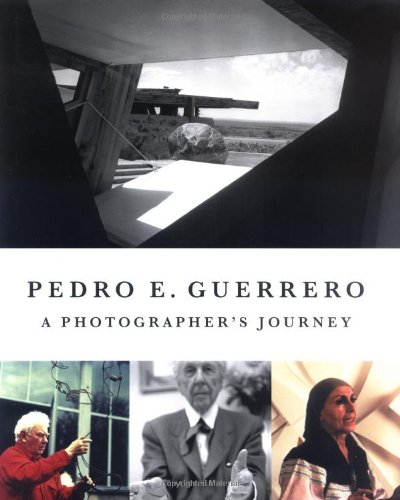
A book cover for Pedro E. Guerrero: A Photographer's Journey with Frank Lloyd Wright, Alexander Calder, and Louise Nevelson; Pedro E. Guerrero; Arts & Photography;